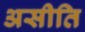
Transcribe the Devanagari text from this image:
असीति